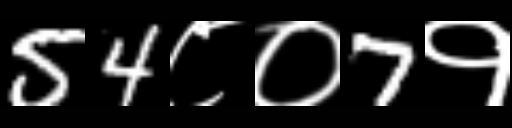
Text: 54८०7१